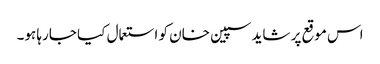
اس موقع پر شاید سپین خان کو استعمال کیا جارہا ہو۔